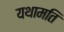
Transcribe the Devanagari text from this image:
यथामति